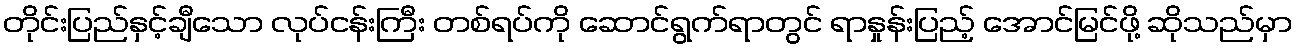
တိုင်းပြည်နှင့်ချီသော လုပ်ငန်းကြီး တစ်ရပ်ကို ဆောင်ရွက်ရာတွင် ရာနှုန်းပြည့် အောင်မြင်ဖို့ ဆိုသည်မှာ